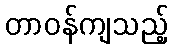
တာဝန်ကျသည့်